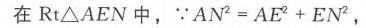
在\(\text{Rt}\triangle AEN\)中，\(\because AN^{2}=AE^{2}+EN^{2}\)，